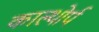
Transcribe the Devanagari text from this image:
काल्थोर्प